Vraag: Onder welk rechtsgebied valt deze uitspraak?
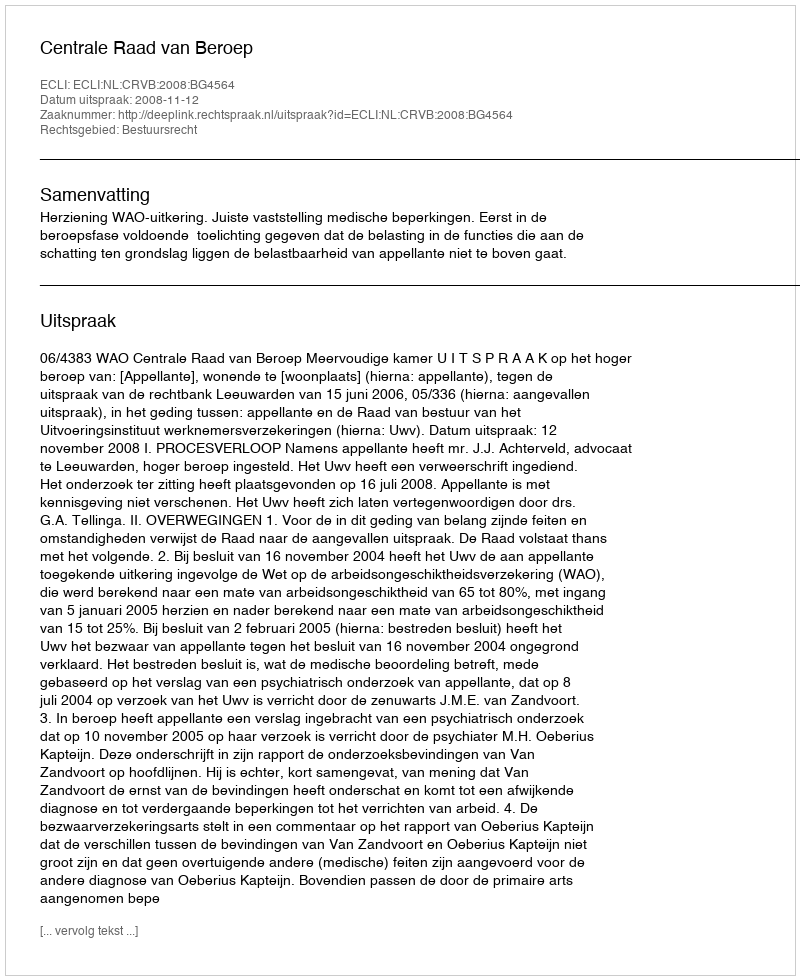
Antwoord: Bestuursrecht